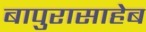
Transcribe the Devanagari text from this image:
बापुरासाहेब